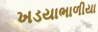
ખડયાભાળીયા